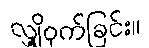
လျှို့ဝှက်ခြင်း။